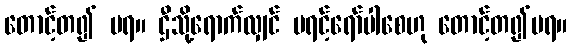
တောင့်တ၍ မရ။ ဌီသို့ရောက်လျှင် မရင့်ရော်ပါစေဟု တောင့်တ၍မရ။